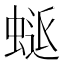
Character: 𮔜